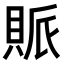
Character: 𧵬